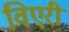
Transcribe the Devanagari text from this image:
विएरी